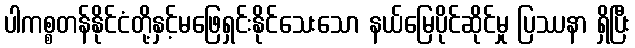
ပါကစ္စတန်နိုင်ငံတို့နှင့်မဖြေရှင်းနိုင်သေးသော နယ်မြေပိုင်ဆိုင်မှု ပြဿနာ ရှိပြီး